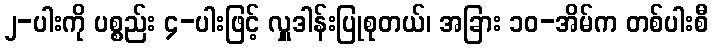
၂-ပါးကို ပစ္စည်း ၄-ပါးဖြင့် လှူဒါန်းပြုစုတယ်၊ အခြား ၁၀-အိမ်က တစ်ပါးစီ